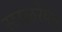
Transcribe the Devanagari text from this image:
सरळरेषेत